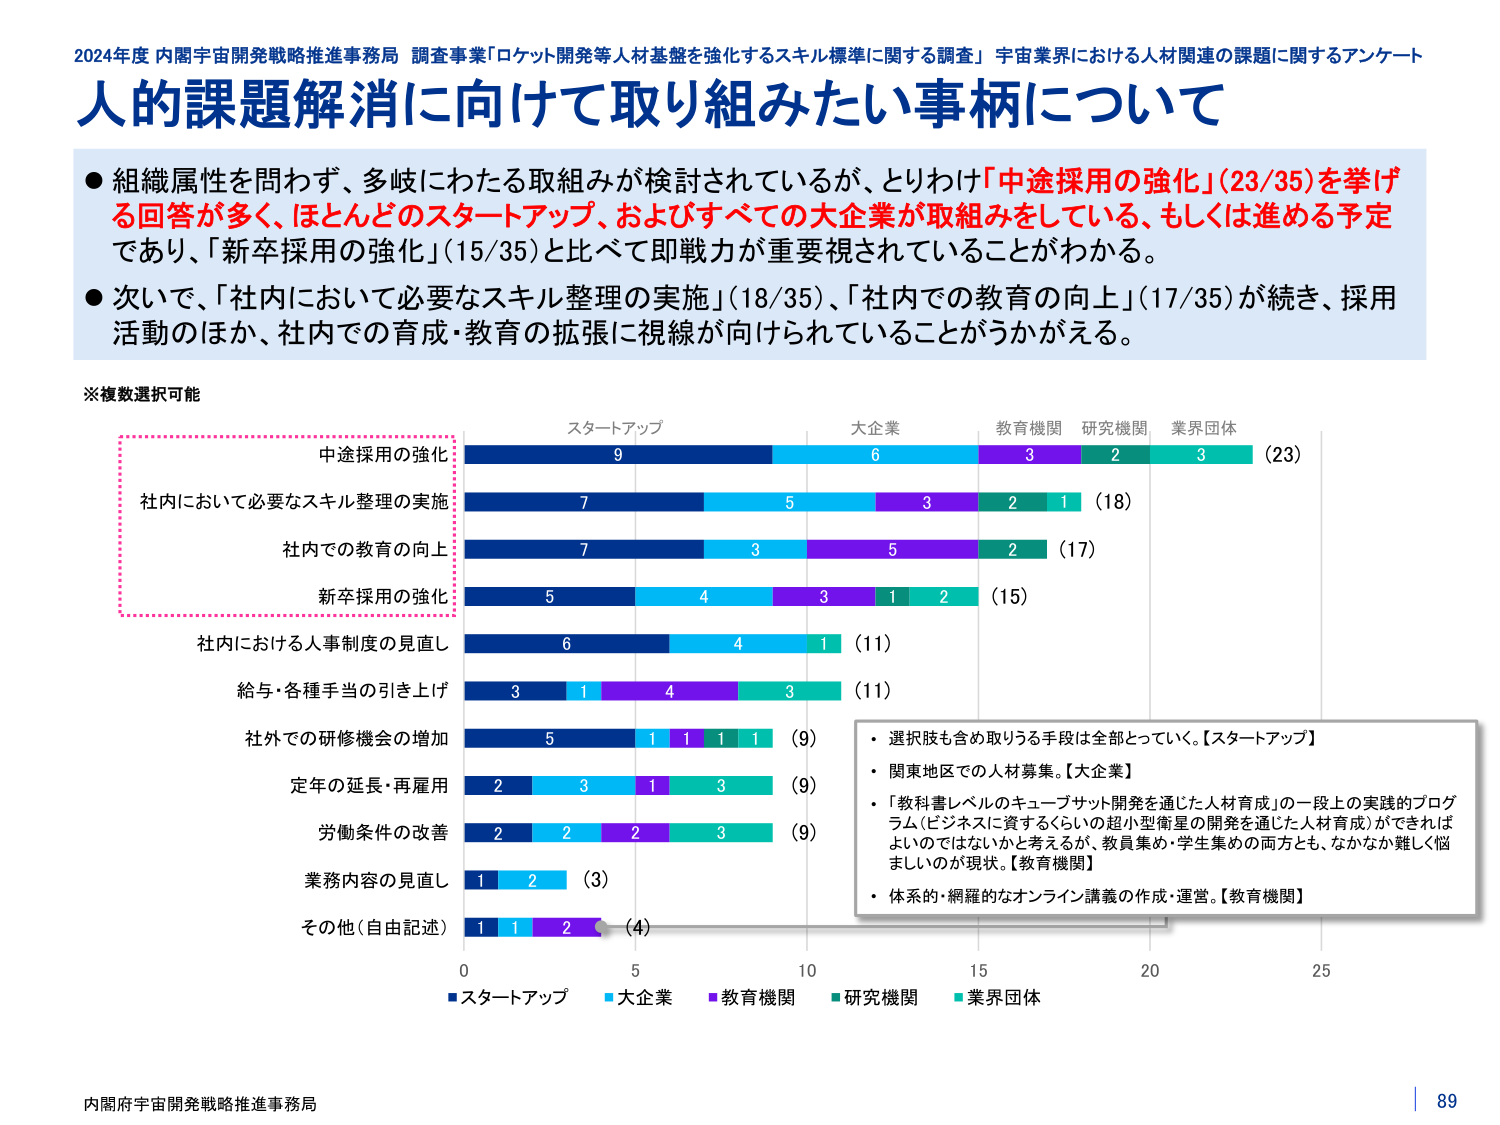
2024年度 内閣宇宙開発戦略推進事務局 調査事業「ロケット開発等人材基盤を強化するスキル標準に関する調査」 宇宙業界における人材関連の課題に関するアンケート
人的課題解消に向けて取り組みたい事柄について

● 組織属性を問わず、多岐にわたる取組みが検討されているが、とりわけ「中途採用の強化」（23/35）を挙げる回答が多く、ほとんどのスタートアップ、およびすべての大企業が取組みをしている、もしくは進める予定であり、「新卒採用の強化」（15/35）と比べて即戦力が重要視されていることがわかる。
● 次いで、「社内において必要なスキル整理の実施」（18/35）、「社内での教育の向上」（17/35）が続き、採用活動のほか、社内での育成・教育の拡張に視線が向けられていることがうかがえる。

※複数選択可能

中途採用の強化
社内において必要なスキル整理の実施
社内での教育の向上
新卒採用の強化
社内における人事制度の見直し
給与・各種手当の引き上げ
社外での研修機会の増加
定年の延長・再雇用
労働条件の改善
業務内容の見直し
その他（自由記述）

スタートアップ　大企業　教育機関　研究機関　業界団体

9　6　3　2　3　（23）
7　5　3　2　1　（18）
7　3　5　2　　（17）
5　4　3　1　2　（15）
6　4　1　　（11）
3　1　4　3　（11）
5　1　1　1　1　（9）
2　3　1　3　（9）
2　2　2　3　（9）
1　2　　（3）
1　1　2　　（4）

0　5　10　15　20　25

■スタートアップ　■大企業　■教育機関　■研究機関　■業界団体

・選択肢も含め取りうる手段は全部とっている。【スタートアップ】
・関東地区での人材募集。【大企業】
・「教科書レベルのキューブサット開発を通じた人材育成」の一段上の実践的プログラム（ビジネスに資するくらいの超小型衛星の開発を通じた人材育成）ができればよいのではないかと考えるが、教員集め・学生集めの両方とも、なかなか難しく悩ましいのが現状。【教育機関】
・体系的・網羅的なオンライン講義の作成・運営。【教育機関】

内閣府宇宙開発戦略推進事務局
89